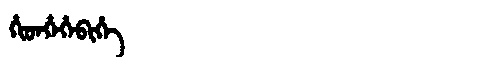
Manchu: ᡥᡳᡨᡥᡝᡥᡝᠪᡳᡥᡝ
Romanization: HITHEHEBIHE